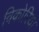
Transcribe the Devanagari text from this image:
विकोरिया